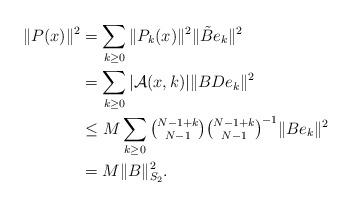
LaTeX: \begin{align*}\|P(x)\|^2 &= \sum_{k\geq 0}\|P_k(x)\|^2\|\tilde{B}e_k\|^2\\&= \sum_{k\geq 0}|\mathcal{A}(x,k)|\|BDe_k\|^2\\&\leq M\sum_{k\geq 0}\tbinom{N-1+k}{N-1}\tbinom{N-1+k}{N-1}^{-1}\|Be_k\|^2\\&= M\|B\|_{S_2}^2.\end{align*}